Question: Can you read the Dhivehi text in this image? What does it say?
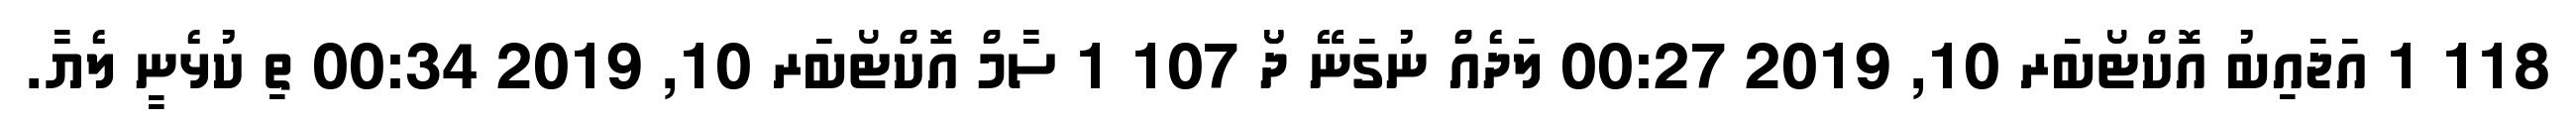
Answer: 118 1 އަޖައިބު އޮކްޓޯބަރ 10, 2019 00:27 ލަދެއް ނުގަނޭ ދޯޯ 107 1 ސާމް އޮކްޓޯބަރ 10, 2019 00:34 ތި ކުޅެނީ ލެޔާ.